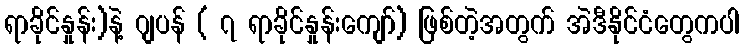
ရာခိုင်နှုန်း)နဲ့ ဂျပန် ( ၇ ရာခိုင်နှုန်းကျော်) ဖြစ်တဲ့အတွက် အဲဒီနိုင်ငံတွေကပါ